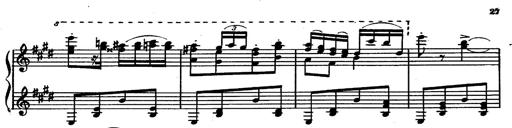
Title: Magyar rapszÃ³diÃ¡k
Composer: Franz Liszt